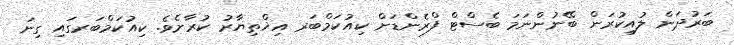
ބަރުދަން ލުއިކުރަން ބޭނުންނަމަ ބެސްޓް ފްރެންޑަށް ކިއުކަމްބަރ އިޚްތިޔާރު ކުރާށެވެ. ކިއުކަމްބަރގައި ގިނަ